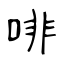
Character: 啡